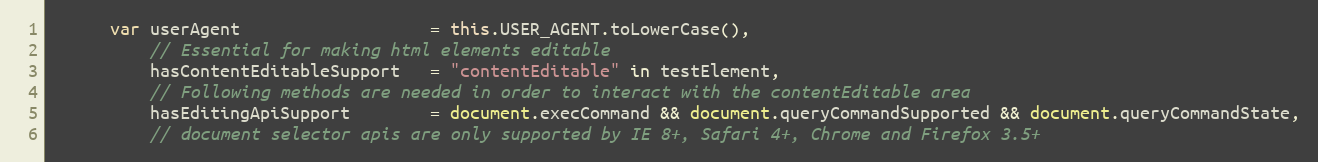
Language: JavaScript
      var userAgent                   = this.USER_AGENT.toLowerCase(),
          // Essential for making html elements editable
          hasContentEditableSupport   = "contentEditable" in testElement,
          // Following methods are needed in order to interact with the contentEditable area
          hasEditingApiSupport        = document.execCommand && document.queryCommandSupported && document.queryCommandState,
          // document selector apis are only supported by IE 8+, Safari 4+, Chrome and Firefox 3.5+